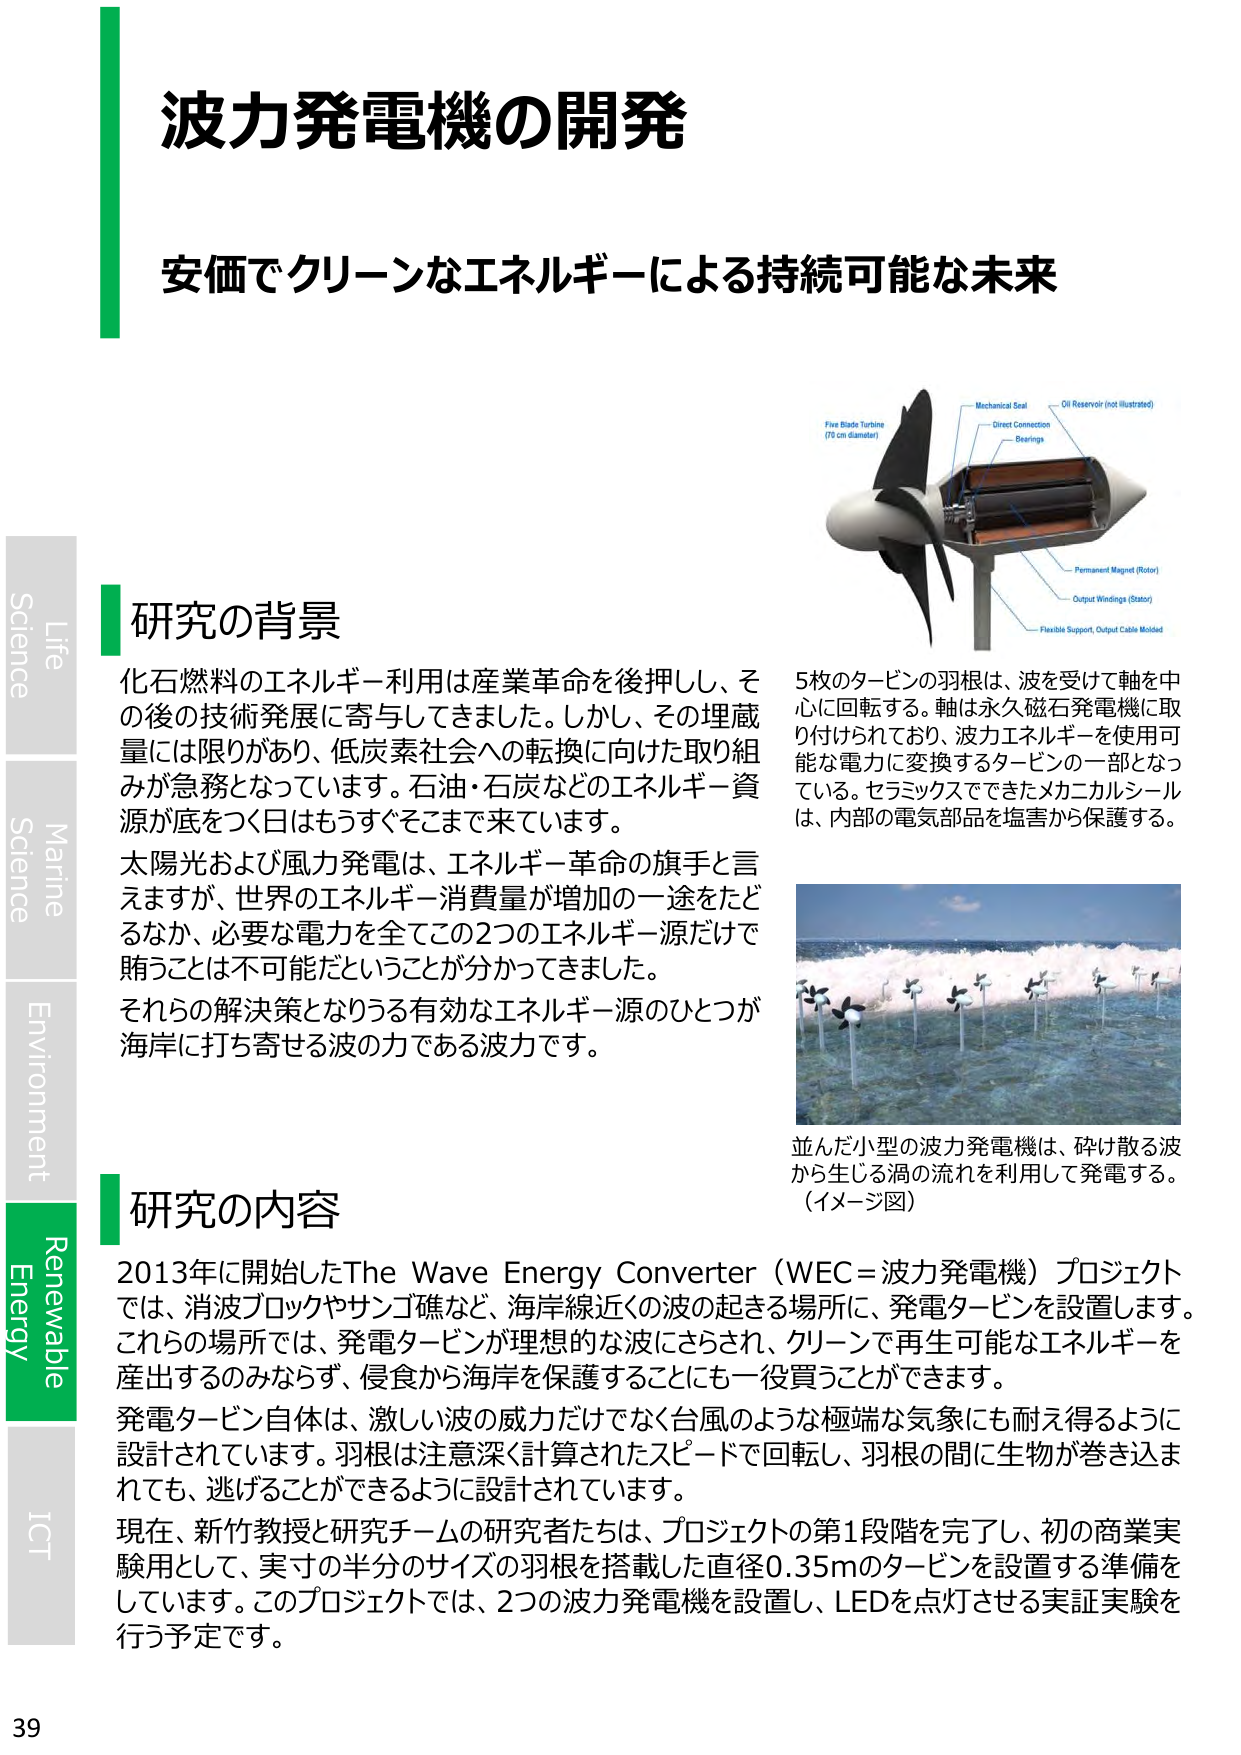
波力発電機の開発
安価でクリーンなエネルギーによる持続可能な未来

研究の背景
化石燃料のエネルギー利用は産業革命を後押しし、その後の技術発展に寄与してきました。しかし、その埋蔵量には限りがあり、低炭素社会への転換に向けた取り組みが急務となっています。石油・石炭などのエネルギー資源が底をつく日はもうすぐそこまで来ています。
太陽光および風力発電は、エネルギー革命の旗手と言えますが、世界のエネルギー消費量が増加の一途をたどるなか、必要な電力を全てこの2つのエネルギー源だけで賄うことは不可能だということが分かってきました。
それらの解決策となりうる有効なエネルギー源のひとつが海岸に打ち寄せる波の力である波力です。

5枚のタービンの羽根は、波を受けて軸を中心に回転する。軸は永久磁石発電機に取り付けられており、波力エネルギーを使用可能な電力に変換するタービンの一部となっている。セラミックスでできたメカニカルシールは、内部の電気部品を塩害から保護する。

並んだ小型の波力発電機は、砕け散る波から生じる渦の流れを利用して発電する。（イメージ図）

研究の内容
2013年に開始したThe Wave Energy Converter（WEC＝波力発電機）プロジェクトでは、消波ブロックやサンゴ礁など、海岸線近くの波の起きる場所に、発電タービンを設置します。これらの場所では、発電タービンが理想的な波にさらされ、クリーンで再生可能なエネルギーを産出するのみならず、侵食から海岸を保護することにも一役買うことができます。
発電タービン自体は、激しい波の威力だけでなく台風のような極端な気象にも耐え得るように設計されています。羽根は注意深く計算されたスピードで回転し、羽根の間に生物が巻き込まれても、逃げることができるように設計されています。
現在、新竹教授と研究チームの研究者たちは、プロジェクトの第1段階を完了し、初の商業実験用として、実寸の半分のサイズの羽根を搭載した直径0.35mのタービンを設置する準備をしています。このプロジェクトでは、2つの波力発電機を設置し、LEDを点灯させる実証実験を行う予定です。

Life
Science
Marine
Science
Environment
Renewable
Energy
ICT

39

Five Blade Turbine
(70 cm diameter)
Mechanical Seal
Direct Connection
Bearings
Oil Reservoir (not illustrated)
Permanent Magnet (Rotor)
Output Windings (Stator)
Flexible Support, Output Cable Molded